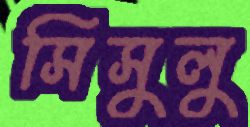
সিসুলু